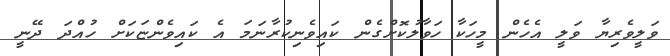
ވަލީވެރިޔާ ވަލީ އެހެން މީހަކާ ހަވާލުކޮށްގެން ކައިވެނިކުރާނަމަ އެ ކައިވެންޏަކަށް ހުއްދަ ދޭނީ